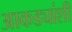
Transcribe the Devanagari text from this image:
आकड्यांशी